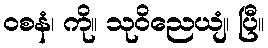
ဝစနံ၊ ကို။ သုဝိညေယျံ၊ ပြီ။